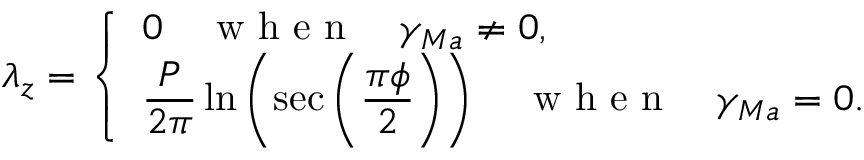
\lambda _ { z } = \left\{ \begin{array} { l l } { 0 \quad \mathrm { ~ w ~ h ~ e ~ n ~ } \quad \gamma _ { M a } \neq 0 , } \\ { \displaystyle \frac { P } { 2 \pi } \ln \left( \sec \left( \frac { \pi \phi } { 2 } \right) \right) \quad \mathrm { ~ w ~ h ~ e ~ n ~ } \quad \gamma _ { M a } = 0 . } \end{array} \right.